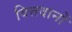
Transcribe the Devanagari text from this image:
वित्तवानों